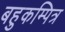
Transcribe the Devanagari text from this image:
बहुकम्पित्र